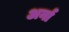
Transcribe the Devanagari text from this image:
अर्ना